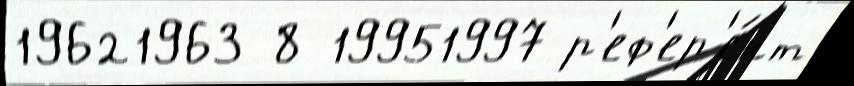
19621963 8 19951997 р'еф'ер'е́нт